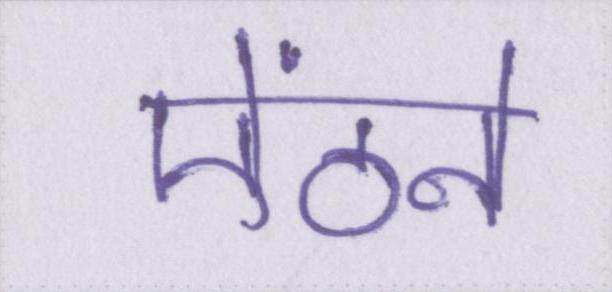
ऐंठने